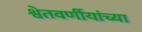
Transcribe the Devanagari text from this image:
श्वेतवर्णीयांच्या